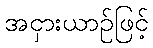
အငှားယာဉ်ဖြင့်